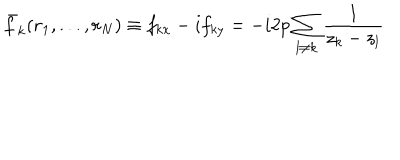
LaTeX: \bar { f } _ { k } ( { \bf r } _ { 1 } , . . . , { \bf r } _ { N } ) \equiv f _ { k x } - i f _ { k y } = - i 2 p \sum _ { l \neq k } \frac { 1 } { z _ { k } - z _ { l } }